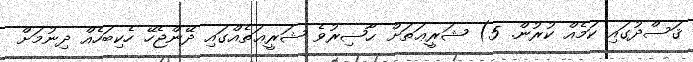
ޤަސްދުގައި ކަމެއް ކުރުން. 5) ޝަރީޢަތަށް ޙާޟިރުވެ ޝަރީޢަތެއްގައި ދޭންޖެހޭ ހެކިބަހެއް ދިނުމަށް